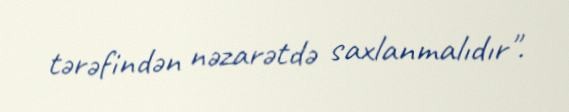
tərəfindən nəzarətdə saxlanmalıdır".